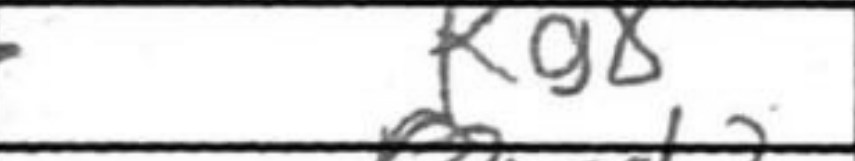
Transcription: Kg8